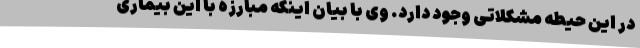
در این حیطه مشکلاتی وجود دارد. وی با بیان اینکه مبارزه با این بیماری